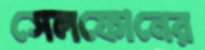
সেলফোনের